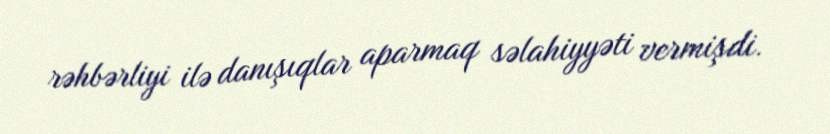
rəhbərliyi ilə danışıqlar aparmaq səlahiyyəti vermişdi.